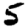
Digit: 5